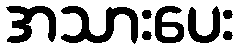
အသားပေး